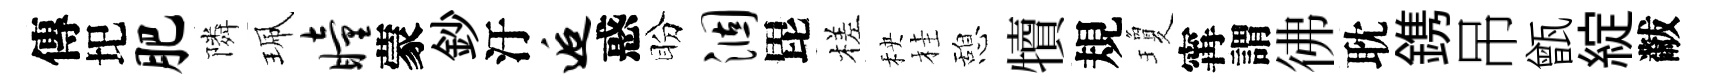
傳圯肥隣珮瞳蒙鈔汙逅惑盼涸毘槎秧桂憩犢規瓊𡩋謂彿耽鎸吊甑綻黻